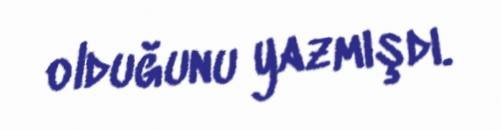
olduğunu yazmışdı.